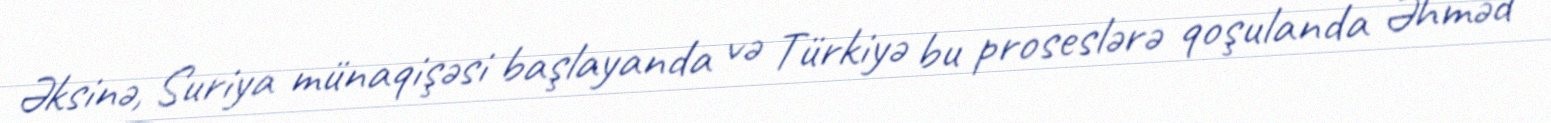
Əksinə, Suriya münaqişəsi başlayanda və Türkiyə bu proseslərə qoşulanda Əhməd